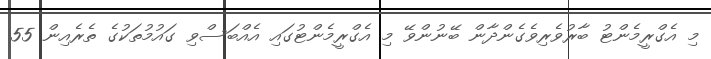
މި އެގްރީމެންޓު ބާރުވެރިވެގެންދާން ބޭނުންވޭ މި އެގްރީމެންޓުގައި އެއްބަސްވި ގައުމުތަކުގެ ތެރެއިން 55